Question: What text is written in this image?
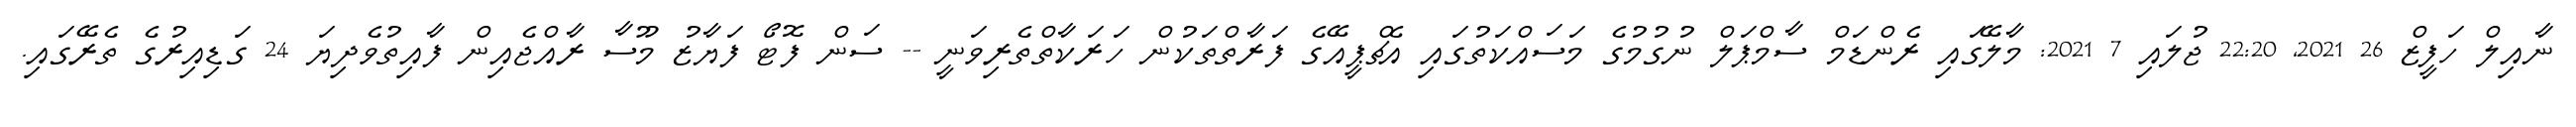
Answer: ނާއިލް ހަފީޒް 26 2021, 22:20 ޖުލައި 7 2021: މާލޭގައި ރެންޑަމް ސާމްޕަލް ނުގުމުގެ މަސައްކަތުގައި އެޗްޕީއޭގެ ފަރާތްތަކުން ހަރަކާތްތެރިވަނީ -- ސަން ފޮޓޯ ފަޔާޒު މޫސާ ރާއްޖެއިން ފާއިތުވެދިޔަ 24 ގަޑިއިރުގެ ތެރޭގައި.